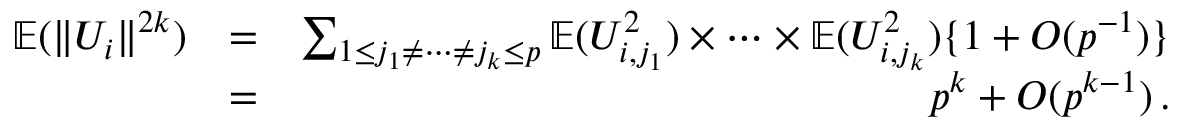
\begin{array} { r l r } { { \mathbb { E } } ( \| U _ { i } \| ^ { 2 k } ) } & { = } & { \sum _ { 1 \leq j _ { 1 } \neq \cdots \neq j _ { k } \leq p } { \mathbb { E } } ( U _ { i , j _ { 1 } } ^ { 2 } ) \times \cdots \times { \mathbb { E } } ( U _ { i , j _ { k } } ^ { 2 } ) \{ 1 + O ( p ^ { - 1 } ) \} } \\ & { = } & { p ^ { k } + O ( p ^ { k - 1 } ) \, . } \end{array}